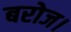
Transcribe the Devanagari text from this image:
बरोज।